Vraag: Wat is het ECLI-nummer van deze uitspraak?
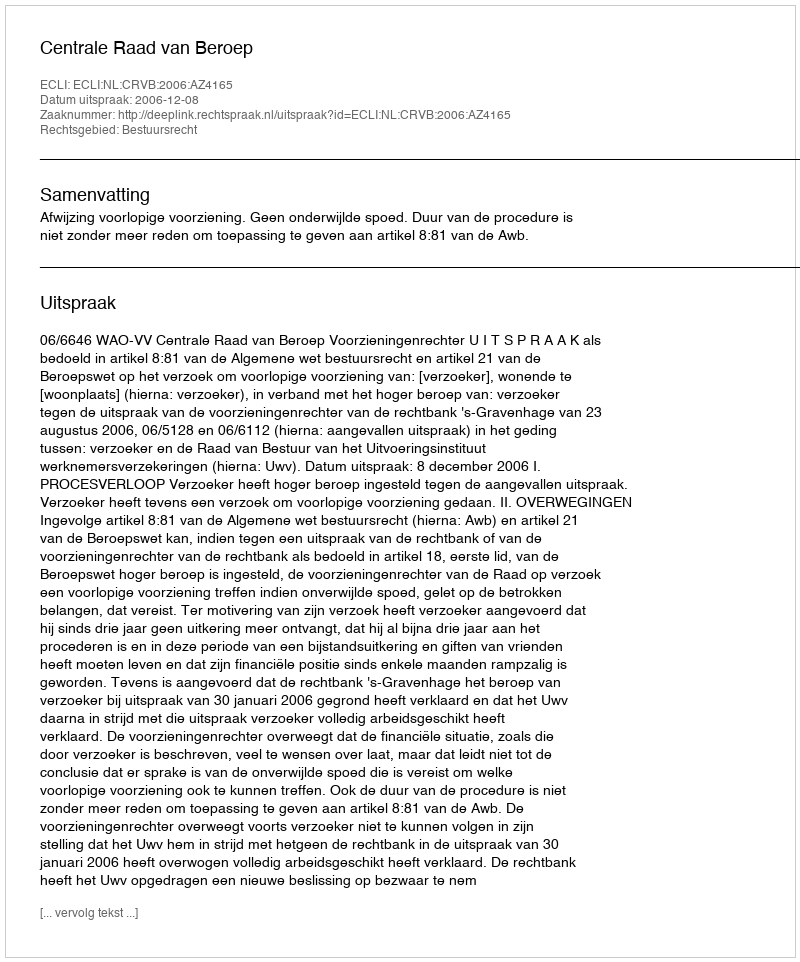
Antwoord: ECLI:NL:CRVB:2006:AZ4165